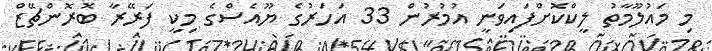
މި މައުލޫމާތު ލީކްކޮށްފައިވަނީ އުމުރުން 33 އަހަރުގެ ޔޫއެސްގެ މިކީ ފަރޭރާ ބޮރޮންޗޭޒް